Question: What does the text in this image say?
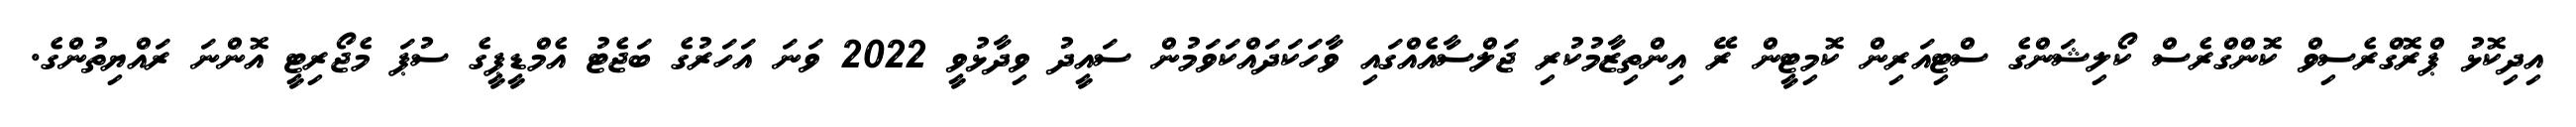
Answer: އިދިކޮޅު ޕްރޮގްރެސިވް ކޮންގްރެސް ކޯލިޝަންގެ ސްޓިއަރިން ކޮމިޓީން ރޭ އިންތިޒާމުކުރި ޖަލްސާއެއްގައި ވާހަކަދައްކަވަމުން ސައީދު ވިދާޅުވީ 2022 ވަނަ އަހަރުގެ ބަޖެޓު އެމްޑީޕީގެ ސުޕަ މެޖޯރިޓީ އޮންނަ ރައްޔިތުންގެ.